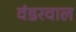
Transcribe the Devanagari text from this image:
वंडरवाल